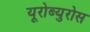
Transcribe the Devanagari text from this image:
यूरोब्युरोस